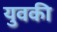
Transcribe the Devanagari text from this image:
युवकी